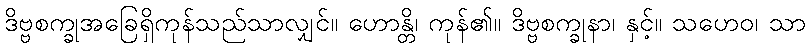
ဒိဗ္ဗစက္ခုအခြေရှိကုန်သည်သာလျှင်။ ဟောန္တိ၊ ကုန်၏။ ဒိဗ္ဗစက္ခုနာ၊ နှင့်။ သဟေဝ၊ သာ